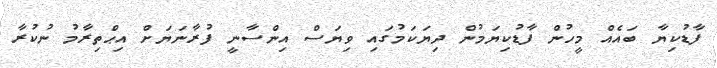
ފާޑުކިޔާ ބައެއް މީހުން ފާޑުކިޔަމުން ދިޔަކަމުގައި ވިޔަސް އިންސާނީ ފުރާނަޔަށް އިޙްތިރާމު ނުކުރާ